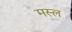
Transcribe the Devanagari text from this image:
मस्ल